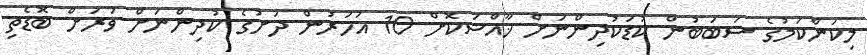
މިކަންކަމުގެ ސަބަބުން ކުޑަކުދިންނަށް ޚާއްސަކޮށް 10 އަހަރުން ދަށުގެ ކުދިންނަށް ވަރަށް ބޮޑެތި